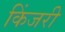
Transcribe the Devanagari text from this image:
किंजरी